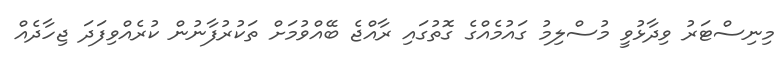
މިނިސްޓަރު ވިދާޅުވީ މުސްލިމު ގައުމެއްގެ ގޮތުގައި ރާއްޖެ ބޭއްވުމަށް ތަކުރުފާނުން ކުރެއްވިފަދަ ޖިހާދެއް